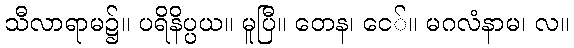
သီလာရာမ၌။ ပရိနိပ္ပယ။ မူပြီ။ တေန၊ ငေ်။ မဂလံနာမ၊ လ။